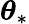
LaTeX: \boldsymbol{\theta}_{*}